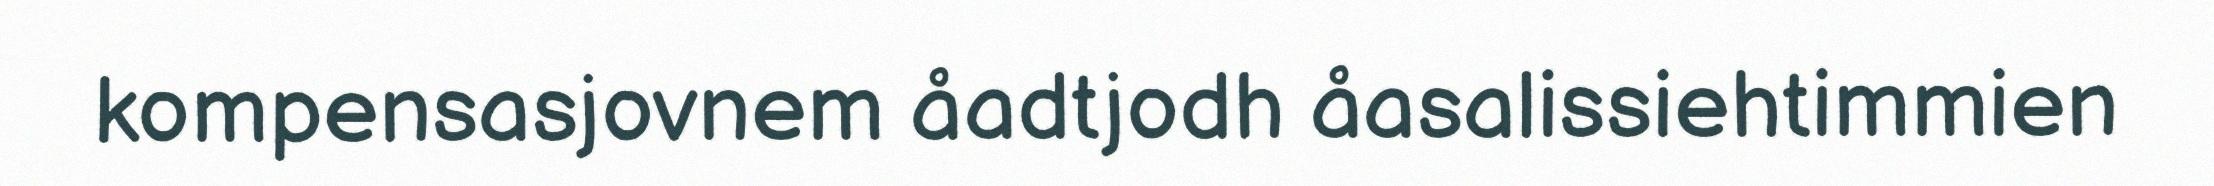
kompensasjovnem åadtjodh åasalissiehtimmien